Indian Medical Review
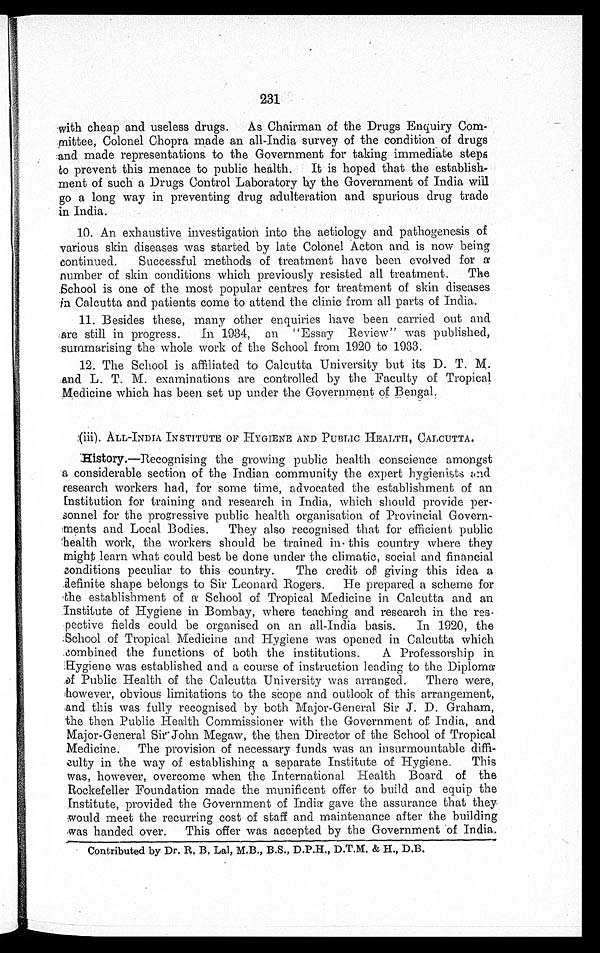
231
with cheap and useless drugs. As Chairman of the Drugs Enquiry Com-
mittee, Colonel Chopra made an all-India survey of the condition of drugs
and made representations, to the Government for taking immediate steps
to prevent this menace to public health. It is hoped that the establish-
ment of such a Drugs Control Laboratory by the Government of India will
go a long way in preventing drug adulteration and spurious drug trade
in India.
10. An exhaustive investigation into the aetiology and pathogenesis of
various skin diseases was started by late Colonel Acton and is now being
continued.
Successful methods of treatment have been evolved for a
number of skin conditions which previously resisted all treatment.
The
School is one of the most popular centres for treatment of skin diseases
in Calcutta and patients come to attend the clinic from all parts of India.
11. Besides these, many other enquiries have been carried out and
are still in progress.
In 1934, an "Essay Review" was published,
summarising the whole work of the School from 1920 to 1933.
12. The School is affiliated to Calcutta University but its D. T. M.
..and L. T. M. examinations are controlled by the Faculty of Tropical
Medicine which has been set up under the Government of Bengal.
PO. ALL-INDIA INSTITUTE OF HYGIENE AND PUBLIC HEALTH, CALCUTTA.
Eistory.—Recognising the growing public health conscience amongst
a considerable section of the Indian community the expert hygienists and
research workers had, for some time, advocated the establishment of an
Institution for training and research in India, which should provide per-
sonnel for the progressive public health organisation of Provincial Govern-
ments and Local Bodies. They also recognised that for efficient public
health work, the workers should be trained in this country where they
might learn what could best be done under the climatic, social and financial
conditions peculiar to this country. The credit of giving this idea a
;definite shape belongs to Sir Leonard Rogers. He prepared a scheme for
The establishment of a School of Tropical Medicine in Calcutta and an
Institute of Hygiene in Bombay, where teaching and research in the res-
pective fields could be organised on an all-India basis. In 1920, the
:School of Tropical Medicine and Hygiene was opened in Calcutta which
.combined the functions of both the institutions. A Professorship in
Hygiene was established and a course of instruction leading to the Diploma.
Public Health of the Calcutta University was arranged. There were,
;however, obvious limitations to the Scope and outlook of this arrangement,
and this was fully recognised by both Major-General Sir J. D. Graham,
the then Public Health Commissioner with the Government of India, and
Major-General Sir John Megaw, the then Director of the School of Tropical
Medicine. The provision of necessary funds was an insurmountable diffi-
culty in the way of establishing a separate Institute of Hygiene. This
was, however, overcome when the International Health Board of the
Rockefeller Foundation made the munificent offer to build and equip the
Institute, provided the Government of India gave the assurance that they.
would meet the recurring cost of staff and maintenance after the building
was handed over. This offer was accepted by the Government of India.
Contributed by Dr.
M.B., B.S., D.P.H.,
& H., D.B.